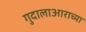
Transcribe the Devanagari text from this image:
गुदालाआराच्या